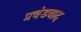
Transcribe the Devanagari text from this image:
प्रचंडवाद